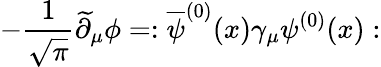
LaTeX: -{\frac{1}{\sqrt\pi}}\widetilde\partial_{\mu}\phi=:\overline{{\psi}}^{(0)}(x)\gamma_{\mu}\psi^{(0)}(x):